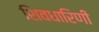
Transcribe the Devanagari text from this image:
शिवधारिणी